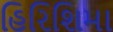
હિરિશિમા